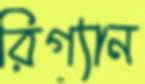
রিগ্যান